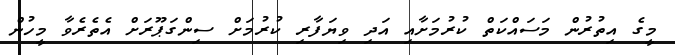
މީގެ އިތުރުން މަސައްކަތް ކުރުމަށާއި އަދި ވިޔަފާރި ކުރުމަށް ސިންގަޕޫރަށް އެތެރެވާ މީހުން